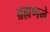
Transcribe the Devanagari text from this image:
ब्रह्मणमे